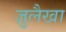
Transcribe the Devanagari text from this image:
ज़ुलैखा